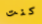
كنت